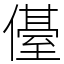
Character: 㒗